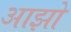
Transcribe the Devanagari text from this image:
आझो